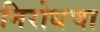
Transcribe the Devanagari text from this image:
निरोधचा